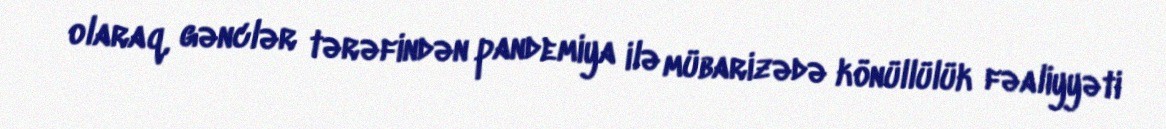
olaraq, gənclər tərəfindən pandemiya ilə mübarizədə könüllülük fəaliyyəti